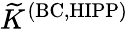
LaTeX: \widetilde{K}^{\mathrm{(BC,HIPP)}}